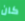
كان